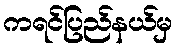
ကရင်ပြည်နယ်မှ